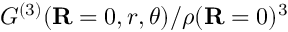
{ G ^ { ( 3 ) } } ( \mathbf { R } = 0 , r , \theta ) / \rho ( \mathbf { R } = 0 ) ^ { 3 }